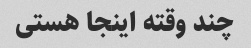
چند وقته اینجا هستی